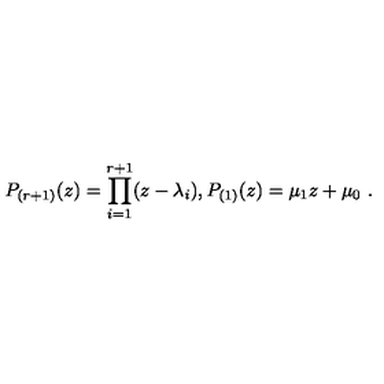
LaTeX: P _ { ( r + 1 ) } ( z ) = \prod _ { i = 1 } ^ { r + 1 } ( z - \lambda _ { i } ) ,  P _ { ( 1 ) } ( z ) = \mu _ { 1 } z + \mu _ { 0 } \ .